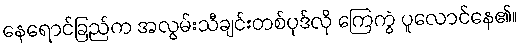
နေရောင်ခြည်က အလွမ်းသီချင်းတစ်ပုဒ်လို ကြေကွဲ ပူလောင်နေ၏။